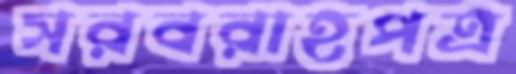
সরবরাহপত্র